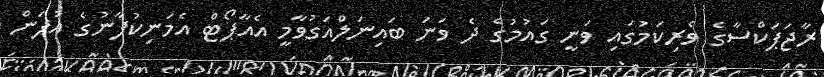
ރާޖަޕަކްސާގެ ވެރިކަމުގައި ވަނީ ގައުމުގެ ދެ ވަނަ ބައިނަލްއަގުވާމީ އެއާޕޯޓް އެމަނިކުފާނުގެ އުފަން